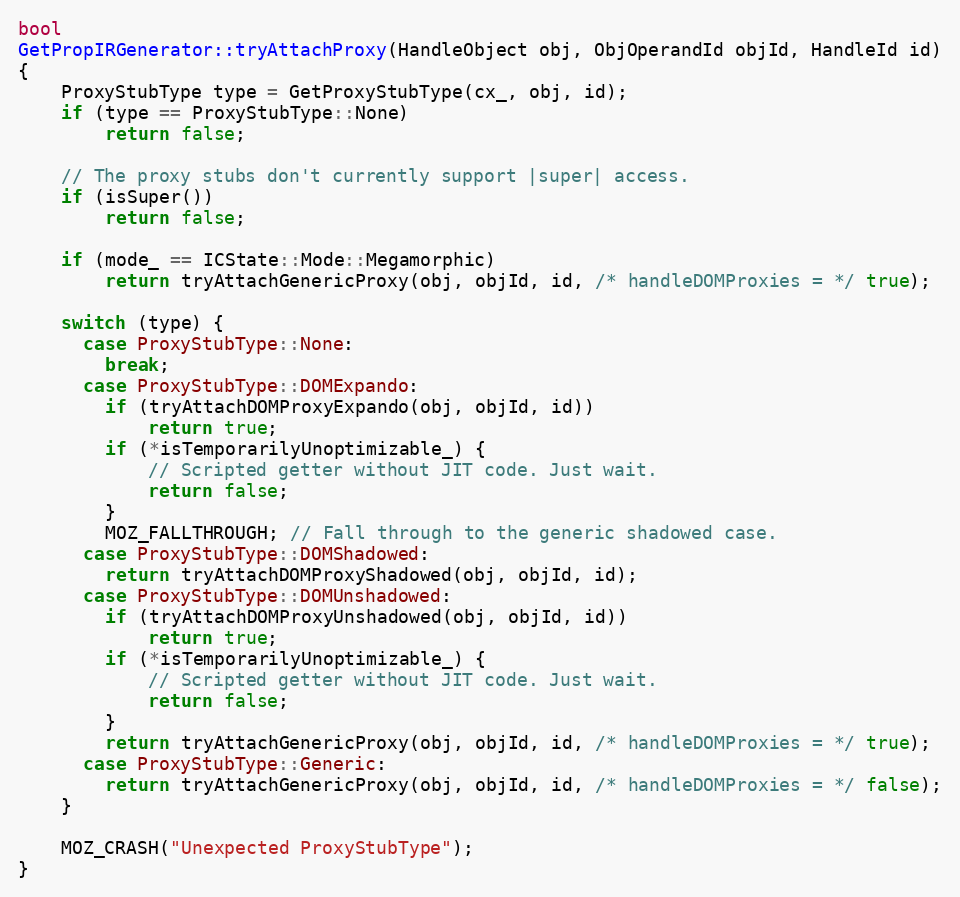
Language: C++
bool
GetPropIRGenerator::tryAttachProxy(HandleObject obj, ObjOperandId objId, HandleId id)
{
    ProxyStubType type = GetProxyStubType(cx_, obj, id);
    if (type == ProxyStubType::None)
        return false;

    // The proxy stubs don't currently support |super| access.
    if (isSuper())
        return false;

    if (mode_ == ICState::Mode::Megamorphic)
        return tryAttachGenericProxy(obj, objId, id, /* handleDOMProxies = */ true);

    switch (type) {
      case ProxyStubType::None:
        break;
      case ProxyStubType::DOMExpando:
        if (tryAttachDOMProxyExpando(obj, objId, id))
            return true;
        if (*isTemporarilyUnoptimizable_) {
            // Scripted getter without JIT code. Just wait.
            return false;
        }
        MOZ_FALLTHROUGH; // Fall through to the generic shadowed case.
      case ProxyStubType::DOMShadowed:
        return tryAttachDOMProxyShadowed(obj, objId, id);
      case ProxyStubType::DOMUnshadowed:
        if (tryAttachDOMProxyUnshadowed(obj, objId, id))
            return true;
        if (*isTemporarilyUnoptimizable_) {
            // Scripted getter without JIT code. Just wait.
            return false;
        }
        return tryAttachGenericProxy(obj, objId, id, /* handleDOMProxies = */ true);
      case ProxyStubType::Generic:
        return tryAttachGenericProxy(obj, objId, id, /* handleDOMProxies = */ false);
    }

    MOZ_CRASH("Unexpected ProxyStubType");
}